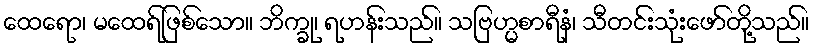
ထေရော၊ မထေရ်ဖြစ်သော။ ဘိက္ခု၊ ရဟန်းသည်။ သဗြဟ္မစာရီနံ၊ သီတင်းသုံးဖော်တို့သည်။